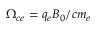
\Omega _ { c e } = q _ { e } B _ { 0 } / c m _ { e }